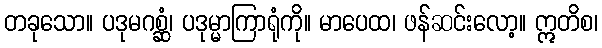
တခုသော။ ပဒုမဂစ္ဆံ၊ ပဒုမ္မာကြာရုံကို။ မာပေထ၊ ဖန်ဆင်းလော့။ ဣတိစ၊